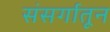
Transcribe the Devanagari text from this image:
संसर्गातून